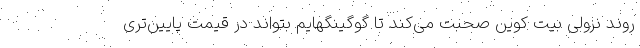
روند نزولی بیت کوین صحبت می‌کند تا گوگینگهایم بتواند در قیمت پایین‌تری